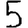
Digit: 5